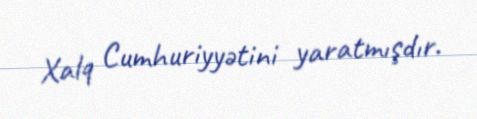
Xalq Cumhuriyyətini yaratmışdır.